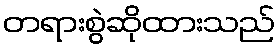
တရားစွဲဆိုထားသည်